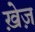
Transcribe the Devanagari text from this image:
ख़ेज़